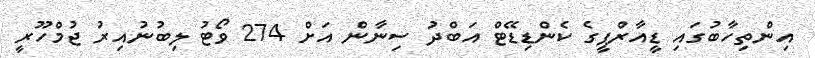
އިންތިހާބުގައި ޑީއާރްޕީގެ ކެންޑިޑޭޓް އަބްދު ސިނާން އަށް 274 ވޯޓު ލިބުނުއިރު ޖުމްހޫރީ